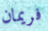
فريمان